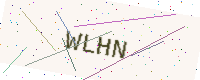
Text: WLHN